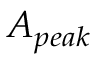
A _ { p e a k }